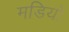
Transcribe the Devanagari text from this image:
मडियों